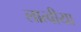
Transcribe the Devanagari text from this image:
लात्वीया